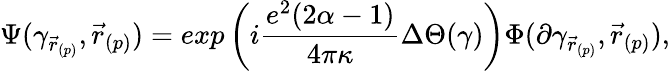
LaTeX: \Psi(\gamma_{\vec{r}_{(p)}},\vec{r}_{(p)})=exp\left(i\frac{e^{2}(2\alpha-1)}{4\pi\kappa}\Delta\Theta(\gamma)\right)\Phi(\partial\gamma_{\vec{r}_{(p)}},\vec{r}_{(p)}),